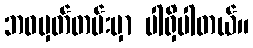
ဘဝမှတ်တမ်းမှာ ပါရှိပါတယ်။